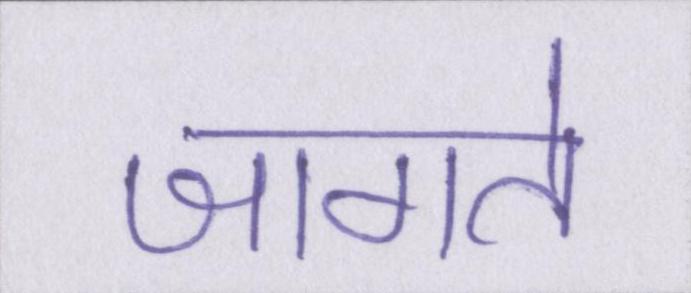
जागते